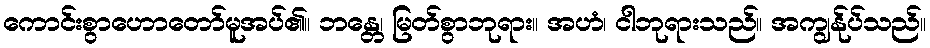
ကောင်းစွာဟောတော်မူအပ်၏။ ဘန္တေ၊ မြတ်စွာဘုရား။ အဟံ၊ ငါဘုရားသည်။ အကျွန်ုပ်သည်။